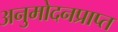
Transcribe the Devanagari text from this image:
अनुमोदनप्राप्त